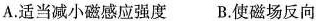
A.适当减小磁感应强度B.使磁场反向